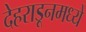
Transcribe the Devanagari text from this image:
देहराडूनमध्ये